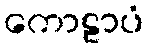
ကောဠာပံ